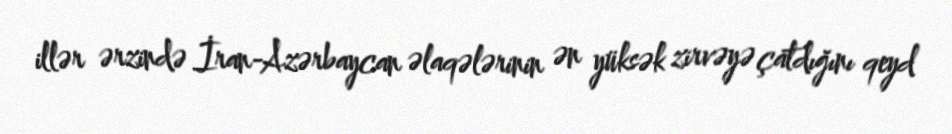
illər ərzində İran-Azərbaycan əlaqələrinin ən yüksək zirvəyə çatdığını qeyd